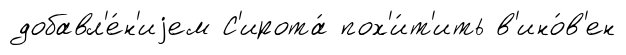
добавл'е́н'иjем С'ирота́ пох'и́т'ить в'ино́в'ен